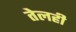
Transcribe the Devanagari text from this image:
तेलही